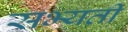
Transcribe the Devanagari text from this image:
सभ्यती